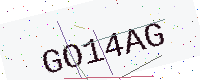
Text: GO14AG